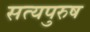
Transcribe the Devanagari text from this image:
सत्यपुरुष